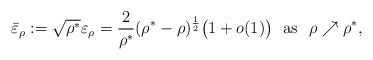
\begin{align*}\bar\varepsilon_\rho:=\sqrt{\rho^*}\varepsilon_\rho=\frac2{\rho^*}(\rho^*-\rho)^{\frac{1}{2}}\big(1+o(1)\big)\ \ \hbox{as}\ \ \rho\nearrow\rho^*,\end{align*}